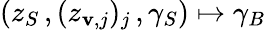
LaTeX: (z_{S}\, ,(z_{\mathbf{v},j})_{j}\, ,\gamma_{S})\mapsto\gamma_{B}